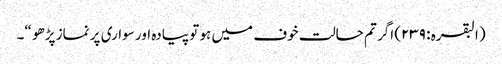
(البقرہ : ٢٣٩) اگر تم حالت خوف میں ہو تو پیادہ اور سواری پر نماز پڑھو “۔